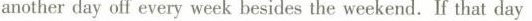
anotherday off every week besides the weekend. If that day